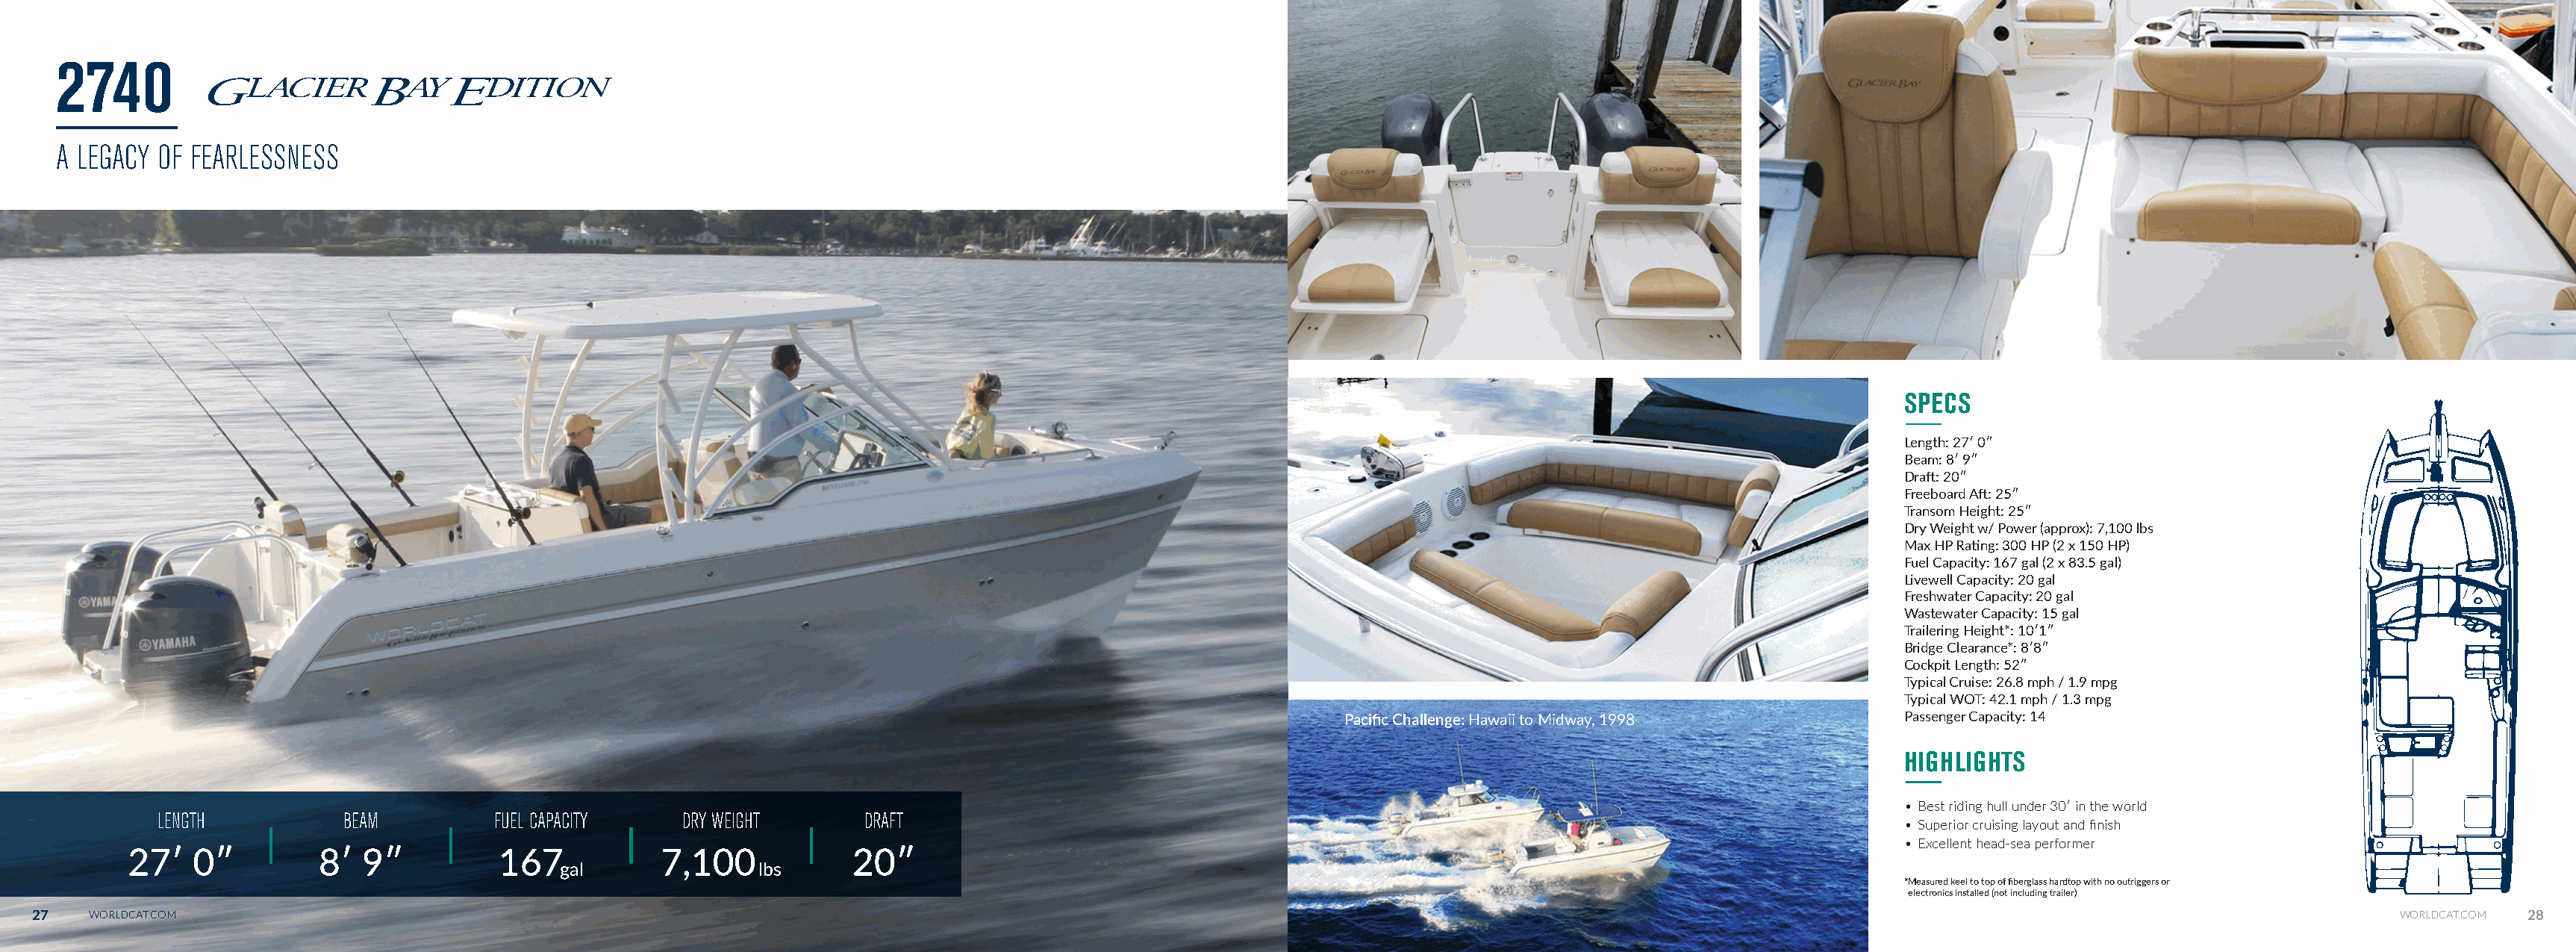
2740
 A LEGACY OF FEARLESSNESS
 SPECS
 Length: 27ʹ 0ʺ
 Beam: 8ʹ 9ʺ
 Draft: 20ʺ
 Freeboard Aft: 25ʺ
 Transom Height: 25ʺ
 Dry Weight w/ Power (approx): 7,100 lbs
 Max HP Rating: 300 HP (2 x 150 HP)
 Fuel Capacity: 167 gal (2 x 83.5 gal)
 Livewell Capacity: 20 gal
 Freshwater Capacity: 20 gal
 Wastewater Capacity: 15 gal
 Trailering Height*: 10ʹ1ʺ
 Bridge Clearance*: 8ʹ8ʺ
 Cockpit Length: 52ʺ
 Typical Cruise: 26.8 mph / 1.9 mpg
 Typical WOT: 42.1 mph / 1.3 mpg
 Pacific Challenge: Hawaii to Midway, 1998         Passenger Capacity: 14
 HIGHLIGHTS
 • Best riding hull under 30ʹ in the world
 LENGTH          BEAM          FUEL CAPACITY   DRY WEIGHT       DRAFT
 • Superior cruising layout and finish
 • Excellent head-sea performer
 27ʹ   0ʺ         8ʹ  9ʺ          167            7,100            20ʺ
 gal              lbs
 *Measured keel to top of fiberglass hardtop with no outriggers or
 electronics installed (not including trailer)
 27   WORLDCAT.COM                                                                                                                                                                                                 WORLDCAT.COM 28